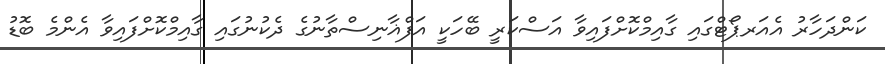
ކަންދަހާރު އެއަރޕޯޓްގައި ގާއިމްކޮށްފައިވާ އަސްކަރީ ބޭހަކީ އަފްޣާނިސްތާނުގެ ދެކުނުގައި ގާއިމްކޮށްފައިވާ އެންމެ ބޮޑު